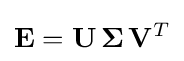
\mathbf {E} =\mathbf {U} \,\mathbf {\Sigma } \,\mathbf {V} ^{T}